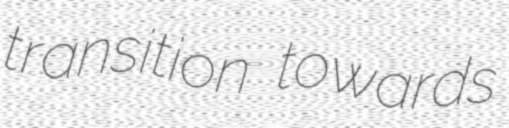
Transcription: transition towards